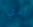
لدي